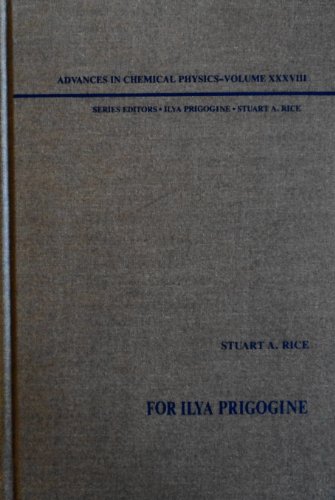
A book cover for For Ilya Prigogine (Advances in Chemical Physics, Vol. 38); Science & Math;